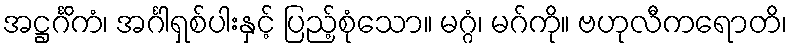
အဋ္ဌင်္ဂိကံ၊ အင်္ဂါရှစ်ပါးနှင့် ပြည့်စုံသော။ မဂ္ဂံ၊ မဂ်ကို။ ဗဟုလီကရောတိ၊